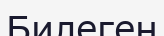
Билеген